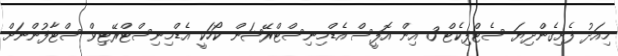
މިއަދު ފެށިގެންދިޔަ ސެޓްފިކެޓް 3 އިން އޮފީސް އެޑްމިނިސްޓްރޭޝަން ކޯހަކީ އެޑްމިނިސްޓްރޭޓިވް ސްޓާފުންނަށް